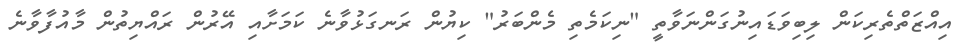
އިއްޒަތްތެރިކަން ލިބިވަޑައިނުގަންނަވާތީ "ނިކަމެތި މެންބަރު" ކިޔުން ރަނގަޅުވާނެ ކަމަށާއި އޭރުން ރައްޔިތުން މާއުފާވާނެ